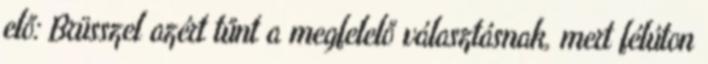
elő: Brüsszel azért tűnt a megfelelő választásnak, mert félúton